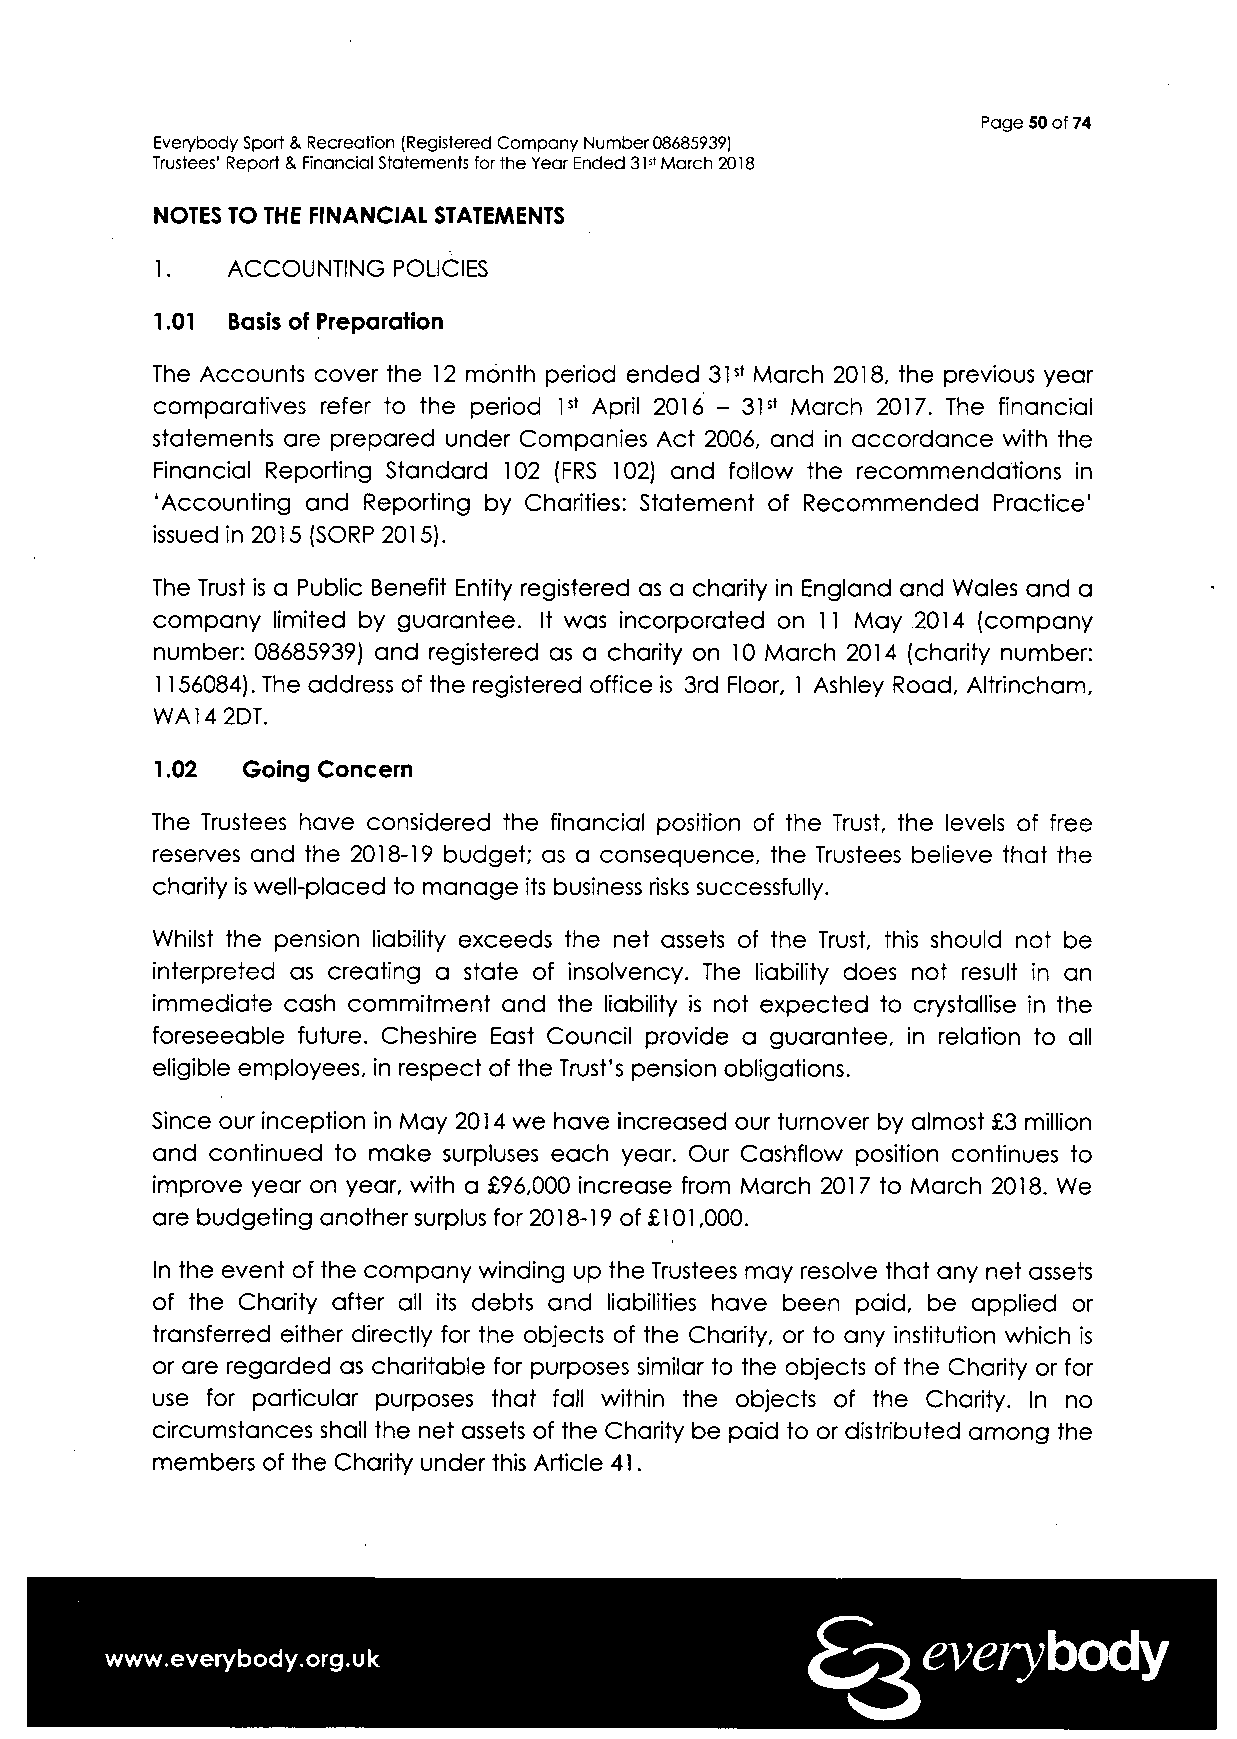
Page 50 of 74
 Everybody Sport & Recreation (Registered Company Number 08685939)
 Trustees' Report & Financial Statements for the Year Ended 31st March 2018
 NOTES TO THE FINANCIAL STATEMENTS
 1.   ACCOUNTING POLICIES
 1.01 Basis of Preparation
 The Accounts cover the 12 month period ended 31st March 2018, the previous year
 comparatives refer to the period 1st April 2016 - 31st March 2017. The financial
 statements are prepared under Companies Act 2006, and in accordance with the
 Financial Reporting Standard 102 (FRS 102) and follow the recommendations in
 'Accounting and Reporting by Charities: Statement of Recommended Practice'
 issued in 2015 (SORP 2015).
 The Trust is a Public Benefit Entity registered as a charity in England and Wales and a
 company limited by guarantee. It was incorporated on 11 May 2014 (company
 number: 08685939) and registered as a charity on 10 March 2014 (charity number:
 1156084). The address of the registered office is 3rd Floor, 1 Ashley Road, Altrincham,
 WA14 2DT.
 1.02  Going Concern
 The Trustees have considered the financial position of the Trust, the levels of free
 reserves and the 2018-19 budget; as a consequence, the Trustees believe that the
 charity is well-placed to manage its business risks successfully.
 Whilst the pension liability exceeds the net assets of the Trust, this should not be
 interpreted as creating a state of insolvency. The liability does not result in an
 immediate cash commitment and the liability is not expected to crystallise in the
 foreseeable future. Cheshire East Council provide a guarantee, in relation to all
 eligible employees, in respect of the Trust's pension obligations.
 Since our inception in May 2014 we have increased our turnover by almost £3 million
 and continued to make surpluses each year. Our Cashflow position continues to
 improve year on year, with a £96,000 increase from March 2017 to March 2018. We
 are budgeting another surplus for 2018-19 of £101,000.
 In the event of the company winding up the Trustees may resolve that any net assets
 of the Charity after all its debts and liabilities have been paid, be applied or
 transferred either directly for the objects of the Charity, or to any institution which is
 or are regarded as charitable for purposes similar to the objects of the Charity or for
 use for particular purposes that fall within the objects of the Charity. In no
 circumstances shall the net assets of the Charity be paid to or distributed among the
 members of the Charity under this Article 41.
 everybody
 www.everybody.org.uk